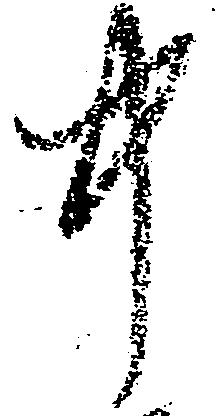
中